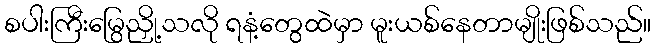
စပါးကြီးမြွေညှို့သလို ရနံ့တွေထဲမှာ မူးယစ်နေတာမျိုးဖြစ်သည်။